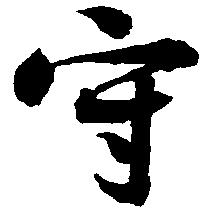
守